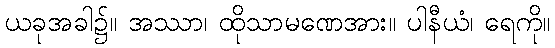
ယခုအခါ၌။ အဿာ၊ ထိုသာမဏေအား။ ပါနီယံ၊ ရေကို။